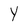
Character: y